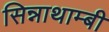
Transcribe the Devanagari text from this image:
सिन्नाथाम्बी